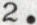
2.